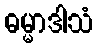
ဓမ္မာဒါသံ